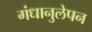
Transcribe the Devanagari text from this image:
गंधानुलेपन